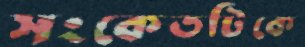
সংকেতটিকে